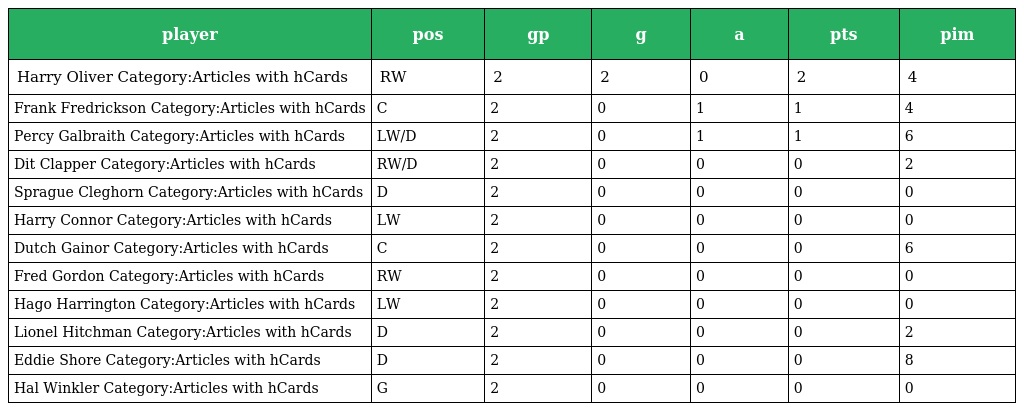
| player | pos | gp | g | a | pts | pim |
 | --- | --- | --- | --- | --- | --- | --- |
 | Harry Oliver Category:Articles with hCards | RW | 2 | 2 | 0 | 2 | 4 |
 | Frank Fredrickson Category:Articles with hCards | C | 2 | 0 | 1 | 1 | 4 |
 | Percy Galbraith Category:Articles with hCards | LW/D | 2 | 0 | 1 | 1 | 6 |
 | Dit Clapper Category:Articles with hCards | RW/D | 2 | 0 | 0 | 0 | 2 |
 | Sprague Cleghorn Category:Articles with hCards | D | 2 | 0 | 0 | 0 | 0 |
 | Harry Connor Category:Articles with hCards | LW | 2 | 0 | 0 | 0 | 0 |
 | Dutch Gainor Category:Articles with hCards | C | 2 | 0 | 0 | 0 | 6 |
 | Fred Gordon Category:Articles with hCards | RW | 2 | 0 | 0 | 0 | 0 |
 | Hago Harrington Category:Articles with hCards | LW | 2 | 0 | 0 | 0 | 0 |
 | Lionel Hitchman Category:Articles with hCards | D | 2 | 0 | 0 | 0 | 2 |
 | Eddie Shore Category:Articles with hCards | D | 2 | 0 | 0 | 0 | 8 |
 | Hal Winkler Category:Articles with hCards | G | 2 | 0 | 0 | 0 | 0 |